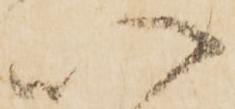
以